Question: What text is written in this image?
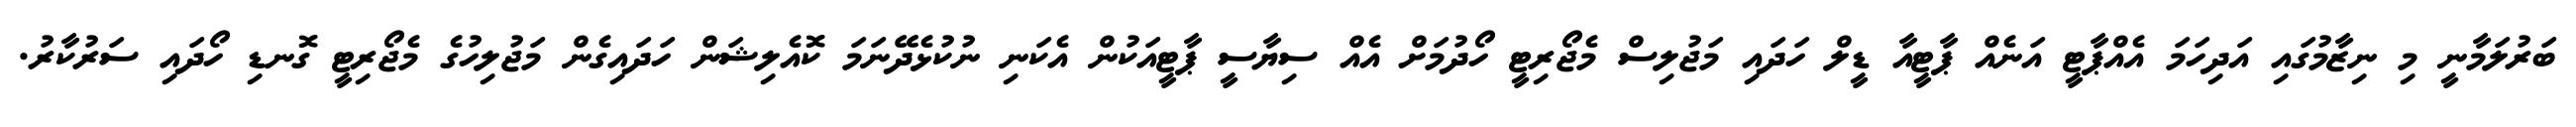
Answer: ބަރުލަމާނީ މި ނިޒާމުގައި އަދިހަމަ އެއްޕާޓީ އަނެއް ޕާޓީއާ ޑީލް ހަދައި މަޖުލިސް މެޖޯރިޓީ ހޯދުމަށް އެއް ސިޔާސީ ޕާޓީއަކުން އެކަނި ނުކުޅެދޭނަމަ ކޮއެލިޝަން ހަދައިގެން މަޖުލިހުގެ މެޖޯރިޓީ ގޮނޑި ހޯދައި ސަރުކާރު.